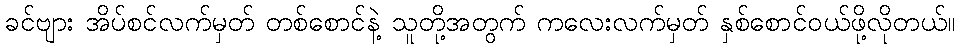
ခင်ဗျား အိပ်စင်လက်မှတ် တစ်စောင်နဲ့ သူတို့အတွက် ကလေးလက်မှတ် နှစ်စောင်ဝယ်ဖို့လိုတယ်။